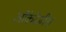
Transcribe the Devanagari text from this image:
ओंकोजींस